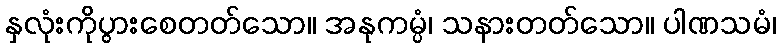
နှလုံးကိုပွားစေတတ်သော။ အနုကမ္ပံ၊ သနားတတ်သော။ ပါဏသမံ၊